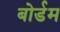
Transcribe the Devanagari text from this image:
बोर्डम